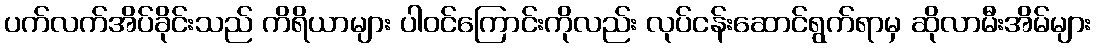
ပက်လက်အိပ်ခိုင်းသည် ကိရိယာများ ပါဝင်ကြောင်းကိုလည်း လုပ်ငန်းဆောင်ရွက်ရာမှ ဆိုလာမီးအိမ်များ